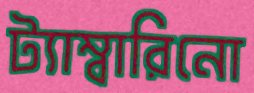
ট্যাম্বারিনো